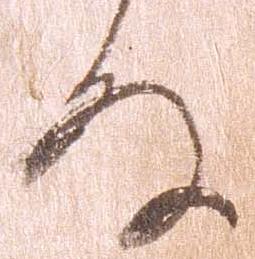
な